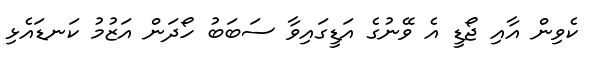
ކެވިން އާއި ޖޯޑީ އެ ވޭނުގެ އަޑީގައިވާ ސަބަބު ހޯދަން އަޒުމު ކަނޑައެޅި